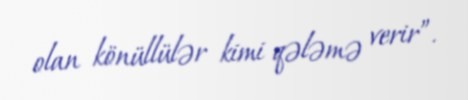
olan könüllülər kimi qələmə verir”.